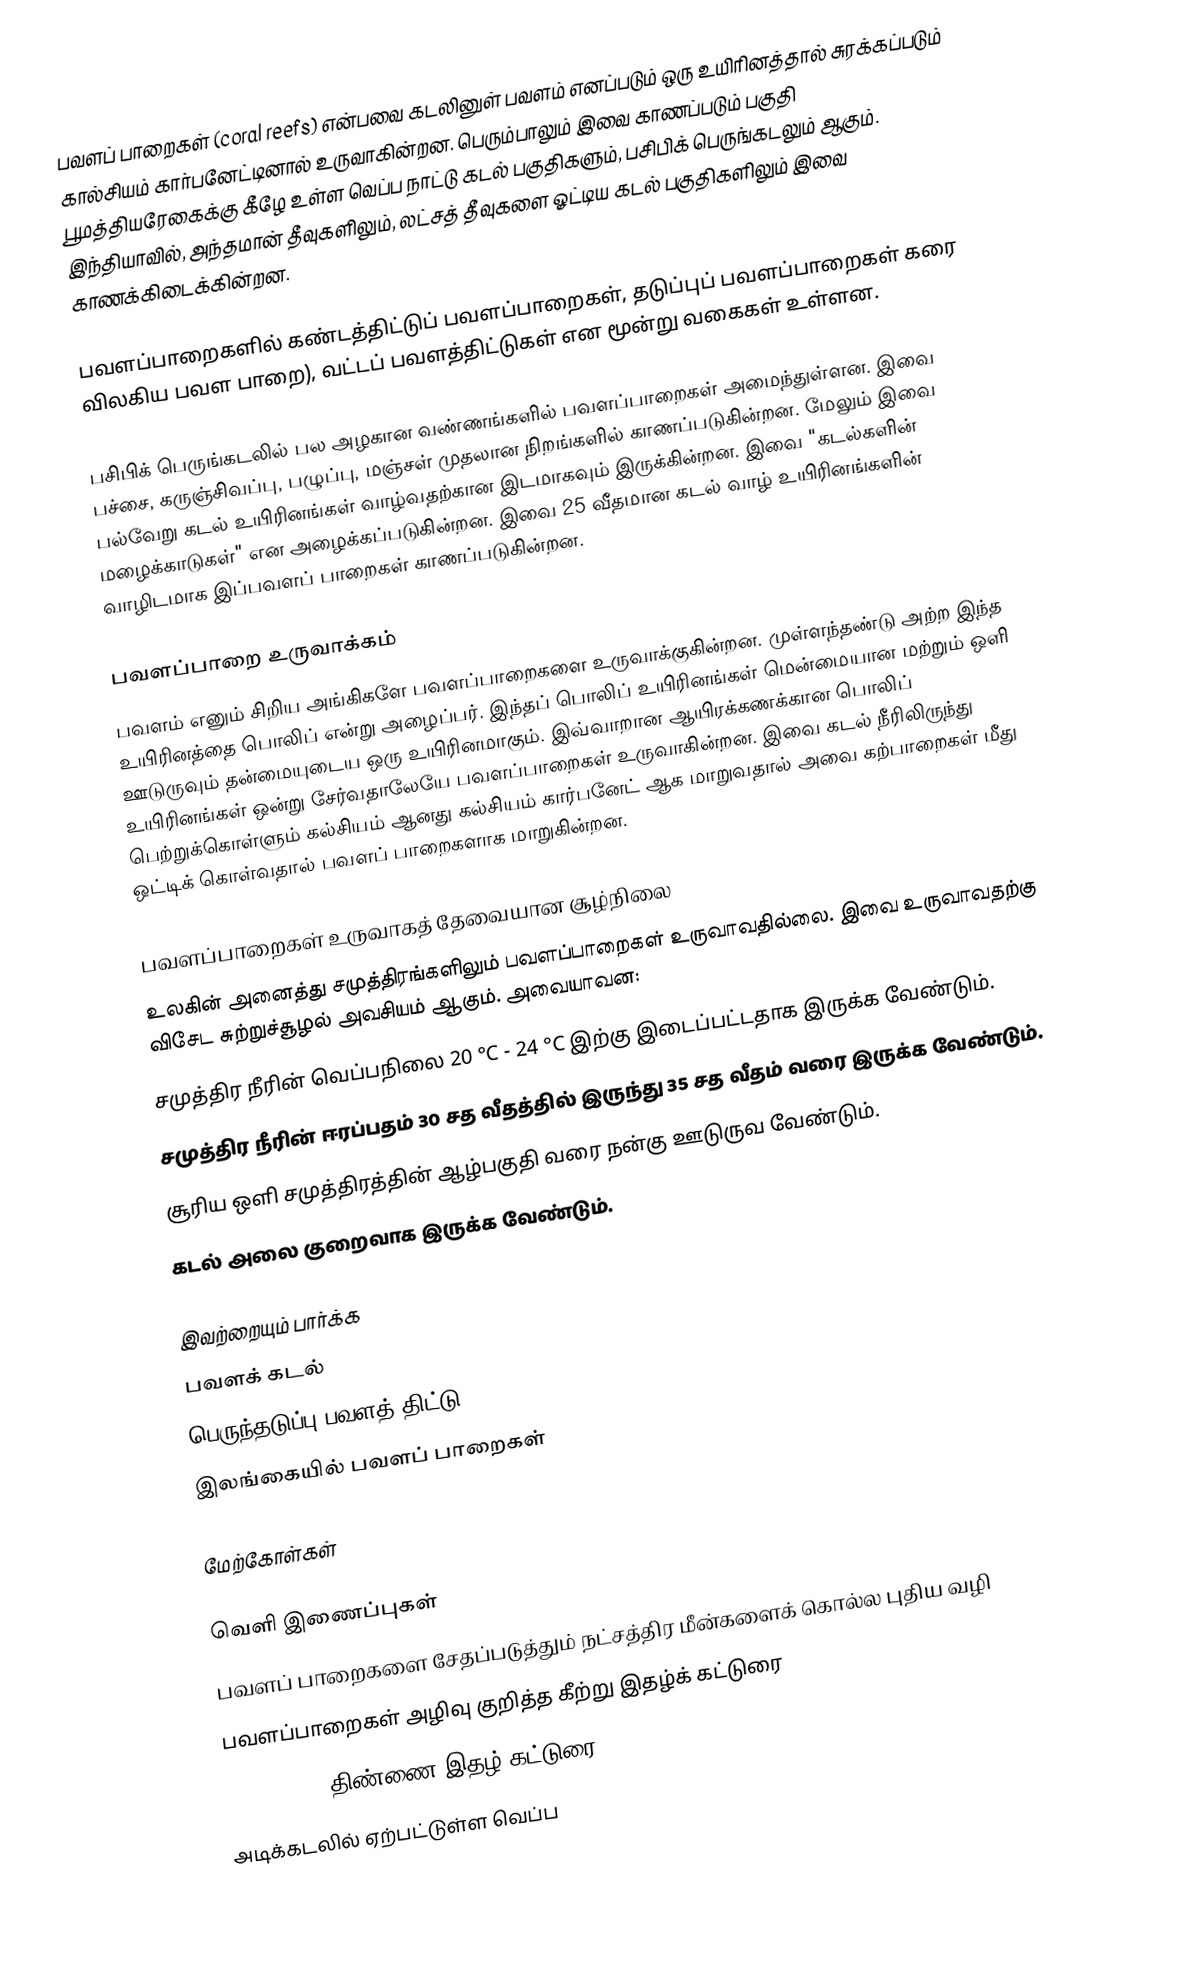
பவளப் பாறைகள் (coral reefs) என்பவை கடலினுள் பவளம் எனப்படும் ஒரு உயிரினத்தால் சுரக்கப்படும் கால்சியம் கார்பனேட்டினால் உருவாகின்றன. பெரும்பாலும் இவை காணப்படும் பகுதி பூமத்தியரேகைக்கு கீழே உள்ள வெப்ப நாட்டு கடல் பகுதிகளும், பசிபிக் பெருங்கடலும் ஆகும். இந்தியாவில், அந்தமான் தீவுகளிலும், லட்சத் தீவுகளை ஓட்டிய கடல் பகுதிகளிலும் இவை காணக்கிடைக்கின்றன.

பவளப்பாறைகளில் கண்டத்திட்டுப் பவளப்பாறைகள், தடுப்புப் பவளப்பாறைகள் கரை விலகிய பவள பாறை), வட்டப் பவளத்திட்டுகள் என மூன்று வகைகள் உள்ளன.

பசிபிக் பெருங்கடலில் பல அழகான வண்ணங்களில் பவளப்பாறைகள் அமைந்துள்ளன. இவை பச்சை, கருஞ்சிவப்பு, பழுப்பு, மஞ்சள் முதலான நிறங்களில் காணப்படுகின்றன. மேலும் இவை பல்வேறு கடல் உயிரினங்கள் வாழ்வதற்கான இடமாகவும் இருக்கின்றன. இவை "கடல்களின் மழைக்காடுகள்" என அழைக்கப்படுகின்றன. இவை 25 வீதமான கடல் வாழ் உயிரினங்களின் வாழிடமாக இப்பவளப் பாறைகள் காணப்படுகின்றன.

பவளப்பாறை உருவாக்கம்
பவளம் எனும் சிறிய அங்கிகளே பவளப்பாறைகளை உருவாக்குகின்றன. முள்ளந்தண்டு அற்ற இந்த உயிரினத்தை பொலிப் என்று அழைப்பர். இந்தப் பொலிப் உயிரினங்கள் மென்மையான மற்றும் ஒளி ஊடுருவும் தன்மையுடைய ஒரு உயிரினமாகும். இவ்வாறான ஆயிரக்கணக்கான பொலிப் உயிரினங்கள் ஒன்று சேர்வதாலேயே பவளப்பாறைகள் உருவாகின்றன. இவை கடல் நீரிலிருந்து பெற்றுக்கொள்ளும் கல்சியம் ஆனது கல்சியம் கார்பனேட் ஆக மாறுவதால் அவை கற்பாறைகள் மீது ஒட்டிக் கொள்வதால் பவளப் பாறைகளாக மாறுகின்றன.

பவளப்பாறைகள் உருவாகத் தேவையான சூழ்நிலை
உலகின் அனைத்து சமுத்திரங்களிலும் பவளப்பாறைகள் உருவாவதில்லை. இவை உருவாவதற்கு விசேட சுற்றுச்சூழல் அவசியம் ஆகும். அவையாவன:
சமுத்திர நீரின் வெப்பநிலை 20 °C - 24 °C இற்கு இடைப்பட்டதாக இருக்க வேண்டும்.
சமுத்திர நீரின் ஈரப்பதம் 30 சத வீதத்தில் இருந்து 35 சத வீதம் வரை இருக்க வேண்டும்.
சூரிய ஒளி சமுத்திரத்தின் ஆழ்பகுதி வரை நன்கு ஊடுருவ வேண்டும்.
கடல் அலை குறைவாக இருக்க வேண்டும்.

இவற்றையும் பார்க்க
 பவளக் கடல்
 பெருந்தடுப்பு பவளத் திட்டு
 இலங்கையில் பவளப் பாறைகள்

மேற்கோள்கள்

வெளி இணைப்புகள்
  பவளப் பாறைகளை சேதப்படுத்தும் நட்சத்திர மீன்களைக் கொல்ல புதிய வழி
 பவளப்பாறைகள் அழிவு குறித்த கீற்று இதழ்க் கட்டுரை
 id=40403043 திண்ணை இதழ் கட்டுரை
 அடிக்கடலில் ஏற்பட்டுள்ள வெப்ப